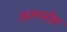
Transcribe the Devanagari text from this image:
अलफोंस